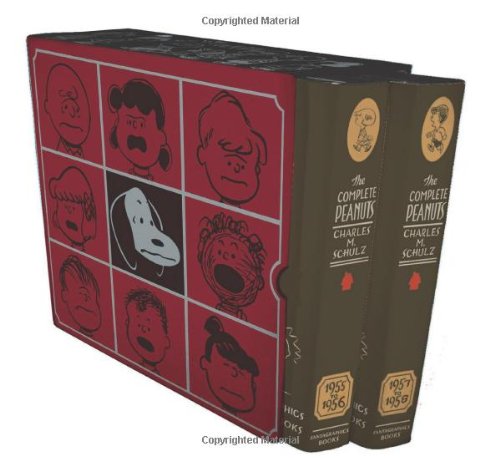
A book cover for The Complete Peanuts 1955-1958 Box Set; Charles M. Schulz; Comics & Graphic Novels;